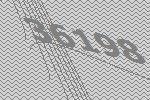
36198